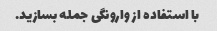
با استفاده از وارونگی جمله بسازید.